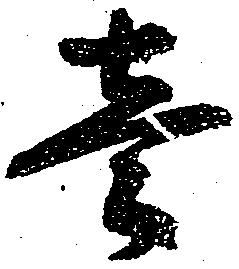
壱